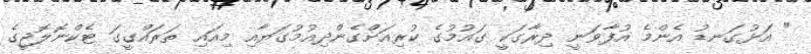
" އަޅުގަނޑު އެންމެ އުފާވަނީ ދިރާގަކީ ގައުމުގެ ކުރިއަށްގެންދިއުމުގަޔާއި މިއައި ތަރައްގީގަ ޓެކްނޮލޮޖީގެ